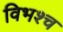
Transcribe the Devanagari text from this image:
विभश्च